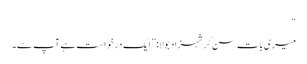
“
میری بات سن کر شہزاد بولا:”ایک درخواست ہے آپ سے۔